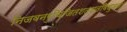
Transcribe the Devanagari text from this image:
निजवनरुचिजितशतशतविधुवन।